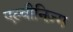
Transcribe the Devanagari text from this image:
एल्बीनिज़्म